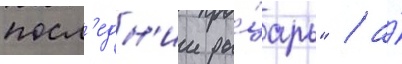
посл'едн'ии ры́царь" / а́